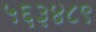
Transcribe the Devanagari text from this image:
५६३४८९